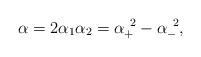
LaTeX: \begin{align*}\alpha = 2 \alpha_1 \alpha_2 = \alpha_{+}^{~2} - \alpha_{-}^{~2},\end{align*}